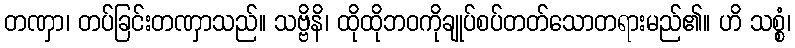
တဏှာ၊ တပ်ခြင်းတဏှာသည်။ သဗ္ဗိနိ၊ ထိုထိုဘဝကိုချုပ်စပ်တတ်သောတရားမည်၏။ ဟိ သစ္စံ၊